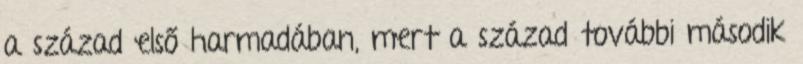
a század első harmadában, mert a század további második